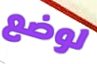
لوضع